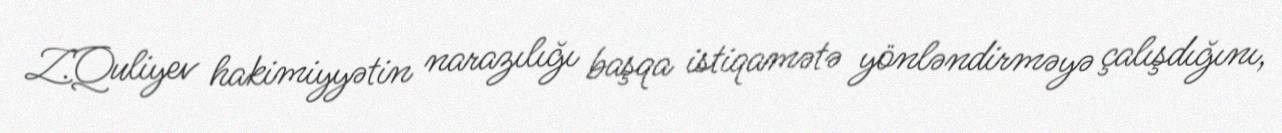
Z.Quliyev hakimiyyətin narazılığı başqa istiqamətə yönləndirməyə çalışdığını,